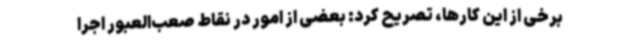
برخی از این کارها، تصریح کرد: بعضی از امور در نقاط صعب‌العبور اجرا